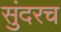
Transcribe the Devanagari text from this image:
सुंदरच